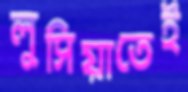
লুসিয়াতেই